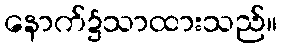
နောက်၌သာထားသည်။